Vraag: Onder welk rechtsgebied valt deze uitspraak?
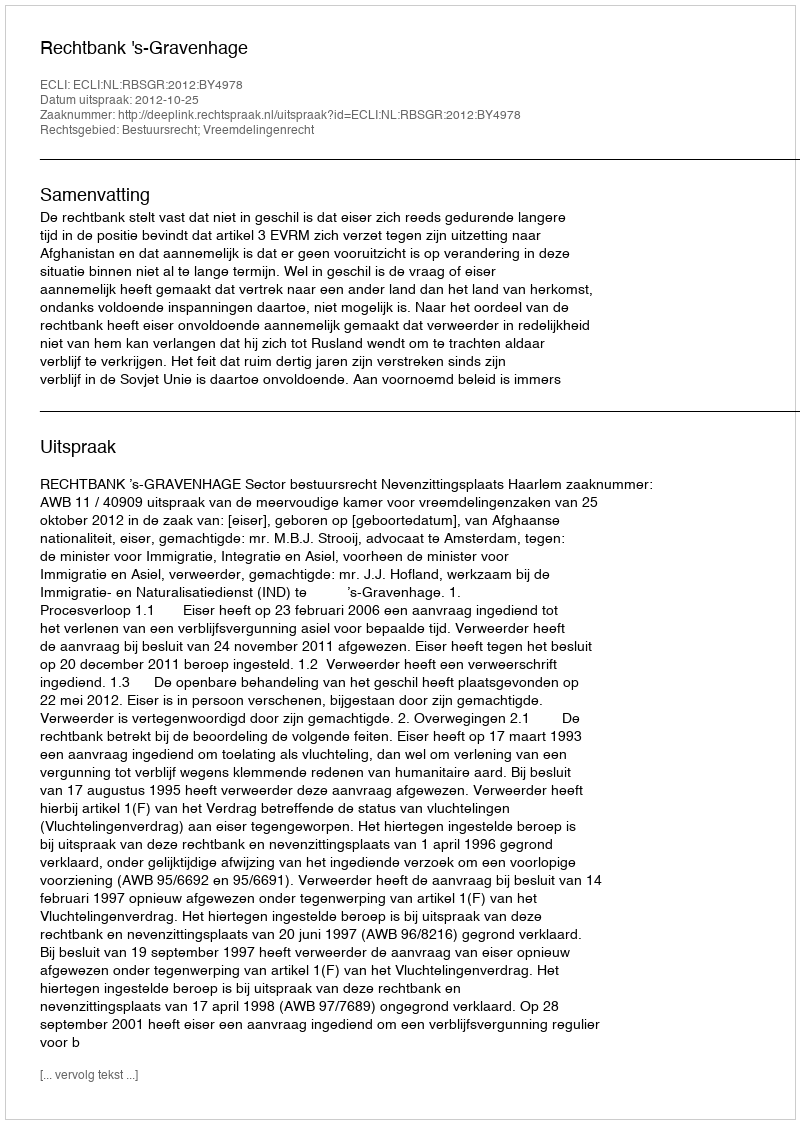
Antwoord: Bestuursrecht; Vreemdelingenrecht